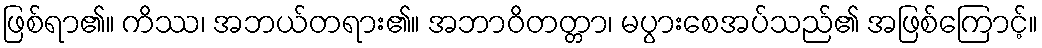
ဖြစ်ရာ၏။ ကိဿ၊ အဘယ်တရား၏။ အဘာဝိတတ္တာ၊ မပွားစေအပ်သည်၏ အဖြစ်ကြောင့်။